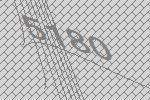
5180